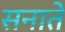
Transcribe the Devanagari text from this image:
सनाते